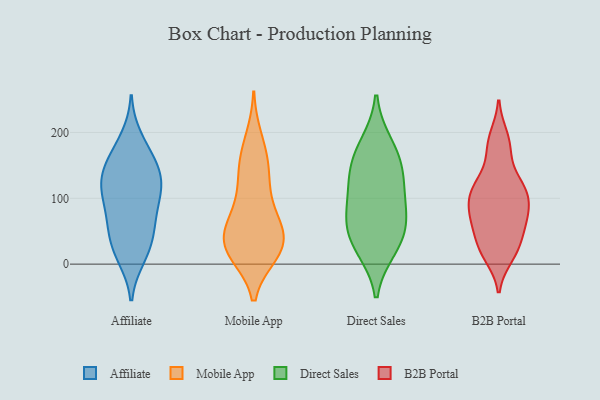
{"axis": {"x": "Latency (ms)", "y": "Value"}, "legend": ["Affiliate", "B2B Portal", "Direct Sales", "Mobile App"], "data": [{"x": "", "y": 55, "type": "Affiliate"}, {"x": "", "y": 29, "type": "Affiliate"}, {"x": "", "y": 100, "type": "Affiliate"}, {"x": "", "y": 65, "type": "Affiliate"}, {"x": "", "y": 101, "type": "Affiliate"}, {"x": "", "y": 192, "type": "Affiliate"}, {"x": "", "y": 161, "type": "Affiliate"}, {"x": "", "y": 37, "type": "Affiliate"}, {"x": "", "y": 126, "type": "Affiliate"}, {"x": "", "y": 116, "type": "Affiliate"}, {"x": "", "y": 123, "type": "Affiliate"}, {"x": "", "y": 11, "type": "Affiliate"}, {"x": "", "y": 134, "type": "Affiliate"}, {"x": "", "y": 150, "type": "Affiliate"}, {"x": "", "y": 91, "type": "Affiliate"}, {"x": "", "y": 60, "type": "Affiliate"}, {"x": "", "y": 142, "type": "Affiliate"}, {"x": "", "y": 174, "type": "Affiliate"}, {"x": "", "y": 10, "type": "Affiliate"}, {"x": "", "y": 157, "type": "Mobile App"}, {"x": "", "y": 128, "type": "Mobile App"}, {"x": "", "y": 76, "type": "Mobile App"}, {"x": "", "y": 190, "type": "Mobile App"}, {"x": "", "y": 31, "type": "Mobile App"}, {"x": "", "y": 116, "type": "Mobile App"}, {"x": "", "y": 25, "type": "Mobile App"}, {"x": "", "y": 42, "type": "Mobile App"}, {"x": "", "y": 17, "type": "Mobile App"}, {"x": "", "y": 18, "type": "Mobile App"}, {"x": "", "y": 22, "type": "Mobile App"}, {"x": "", "y": 71, "type": "Mobile App"}, {"x": "", "y": 37, "type": "Mobile App"}, {"x": "", "y": 61, "type": "Mobile App"}, {"x": "", "y": 158, "type": "Mobile App"}, {"x": "", "y": 136, "type": "Direct Sales"}, {"x": "", "y": 136, "type": "Direct Sales"}, {"x": "", "y": 72, "type": "Direct Sales"}, {"x": "", "y": 51, "type": "Direct Sales"}, {"x": "", "y": 165, "type": "Direct Sales"}, {"x": "", "y": 182, "type": "Direct Sales"}, {"x": "", "y": 104, "type": "Direct Sales"}, {"x": "", "y": 31, "type": "Direct Sales"}, {"x": "", "y": 24, "type": "Direct Sales"}, {"x": "", "y": 77, "type": "Direct Sales"}, {"x": "", "y": 12, "type": "B2B Portal"}, {"x": "", "y": 119, "type": "B2B Portal"}, {"x": "", "y": 165, "type": "B2B Portal"}, {"x": "", "y": 109, "type": "B2B Portal"}, {"x": "", "y": 33, "type": "B2B Portal"}, {"x": "", "y": 100, "type": "B2B Portal"}, {"x": "", "y": 83, "type": "B2B Portal"}, {"x": "", "y": 125, "type": "B2B Portal"}, {"x": "", "y": 20, "type": "B2B Portal"}, {"x": "", "y": 75, "type": "B2B Portal"}, {"x": "", "y": 97, "type": "B2B Portal"}, {"x": "", "y": 183, "type": "B2B Portal"}, {"x": "", "y": 118, "type": "B2B Portal"}, {"x": "", "y": 62, "type": "B2B Portal"}, {"x": "", "y": 22, "type": "B2B Portal"}, {"x": "", "y": 65, "type": "B2B Portal"}, {"x": "", "y": 57, "type": "B2B Portal"}, {"x": "", "y": 194, "type": "B2B Portal"}]}